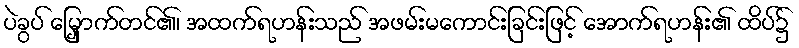
ပဲခွပ် မြှောက်တင်၏၊ အထက်ရဟန်းသည် အဖမ်းမကောင်းခြင်းဖြင့် အောက်ရဟန်း၏ ထိပ်၌